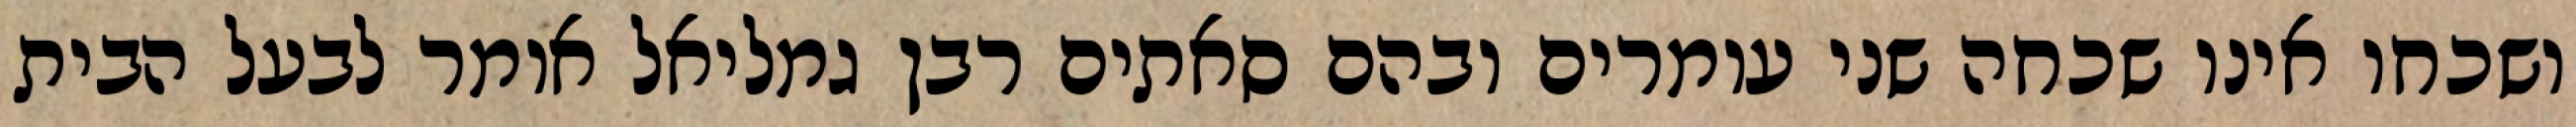
ושכחו אינו שכחה שני עומרים ובהם סאתים רבן גמליאל אומר לבעל הבית